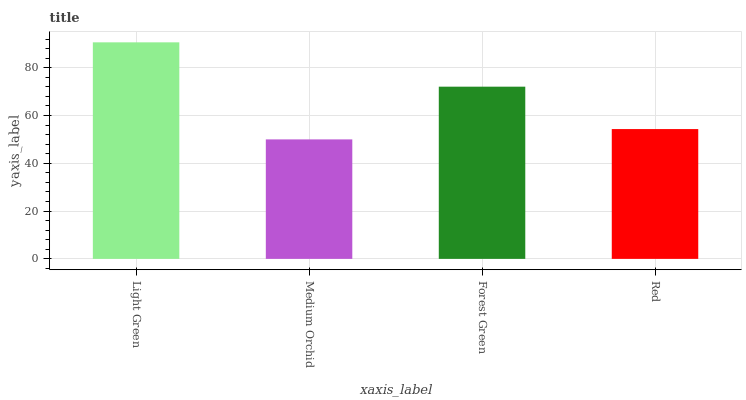
| xaxis_label | bars |
 | --- | --- |
 | Light Green | 90.6 |
 | Medium Orchid | 50 |
 | Forest Green | 72.1 |
 | Red | 54.3 |